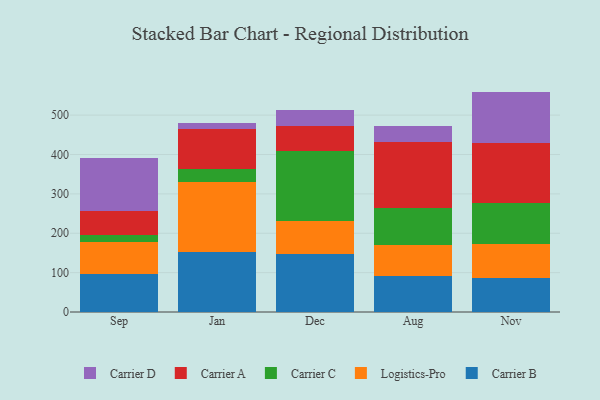
{"axis": {"x": "Month", "y": "Tickets Resolved"}, "legend": ["Carrier A", "Carrier B", "Carrier C", "Carrier D", "Logistics-Pro"], "data": [{"x": "Sep", "y": 95.9, "type": "Carrier B"}, {"x": "Sep", "y": 81.1, "type": "Logistics-Pro"}, {"x": "Sep", "y": 19.0, "type": "Carrier C"}, {"x": "Sep", "y": 59.5, "type": "Carrier A"}, {"x": "Sep", "y": 135.0, "type": "Carrier D"}, {"x": "Jan", "y": 151.3, "type": "Carrier B"}, {"x": "Jan", "y": 180.0, "type": "Logistics-Pro"}, {"x": "Jan", "y": 31.6, "type": "Carrier C"}, {"x": "Jan", "y": 100.9, "type": "Carrier A"}, {"x": "Jan", "y": 15.1, "type": "Carrier D"}, {"x": "Dec", "y": 148.0, "type": "Carrier B"}, {"x": "Dec", "y": 84.0, "type": "Logistics-Pro"}, {"x": "Dec", "y": 175.8, "type": "Carrier C"}, {"x": "Dec", "y": 64.1, "type": "Carrier A"}, {"x": "Dec", "y": 40.4, "type": "Carrier D"}, {"x": "Aug", "y": 91.8, "type": "Carrier B"}, {"x": "Aug", "y": 78.6, "type": "Logistics-Pro"}, {"x": "Aug", "y": 94.6, "type": "Carrier C"}, {"x": "Aug", "y": 166.7, "type": "Carrier A"}, {"x": "Aug", "y": 40.7, "type": "Carrier D"}, {"x": "Nov", "y": 85.4, "type": "Carrier B"}, {"x": "Nov", "y": 88.2, "type": "Logistics-Pro"}, {"x": "Nov", "y": 103.8, "type": "Carrier C"}, {"x": "Nov", "y": 150.6, "type": "Carrier A"}, {"x": "Nov", "y": 131.8, "type": "Carrier D"}]}